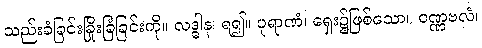
သည်းခံခြင်းခြိုးခြံခြင်းကို။ လဒ္ဓါန၊ ရ၍။ ပုရာဏံ၊ ရှေး၌ဖြစ်သော။ ဝဏ္ဏဗလံ၊